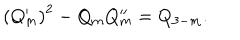
LaTeX: \left( Q _ { m } ^ { \prime } \right) ^ { 2 } - Q _ { m } Q _ { m } ^ { \prime \prime } = Q _ { 3 - m } .